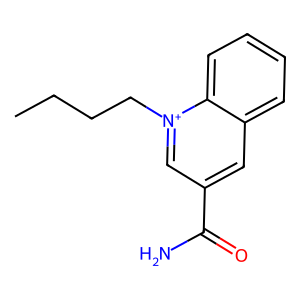
SMILES: CCCC[n+]1cc(C(N)=O)cc2ccccc21
Inhibits HIV replication: No